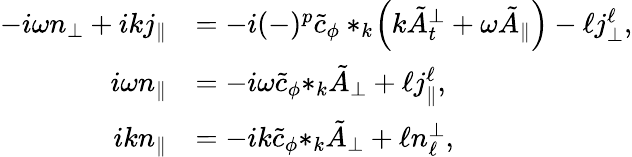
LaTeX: \begin{array}{rl}{-i\omega{n_{\perp}}+ik{j_{\| }}}&{=-i(-)^{p}\tilde{c}_{\phi}*_{k}\! \left(k\tilde{A}_{t}^{\perp}+\omega\tilde{A}_{\| }\right)-\ell{j_{\perp}^{\ell}},}\\ {i\omega{n}_{\| }}&{=-i\omega\tilde{c}_{\phi}{*_{k}\tilde{A}_{\perp}}+\ell j_{\| }^{\ell},}\\ {ik{n_{\| }}}&{=-ik\tilde{c}_{\phi}{*_{k}\tilde{A}_{\perp}}+\ell{n_{\ell}^{\perp}},}\end{array}